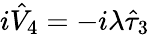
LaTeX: i\hat{V}_{4}=-i\lambda\hat{\tau}_{3}